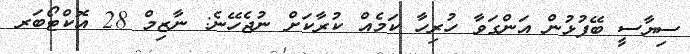
ސިޔާސީ ބޭފުޅުން އަންގަވާ ހުރިހާ ކަމެއް ކުރާކަށް ނުޖެހޭނެ: ނާޒިމް 28 އޮކްޓޯބަރ